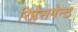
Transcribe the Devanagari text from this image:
रिप्लेसमेन्ट